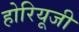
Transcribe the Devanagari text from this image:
होरियूजी